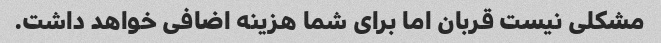
مشکلی نیست قربان اما برای شما هزینه اضافی خواهد داشت.